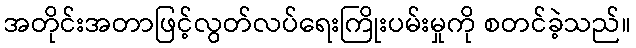
အတိုင်းအတာဖြင့်လွတ်လပ်ရေးကြိုးပမ်းမှုကို စတင်ခဲ့သည်။